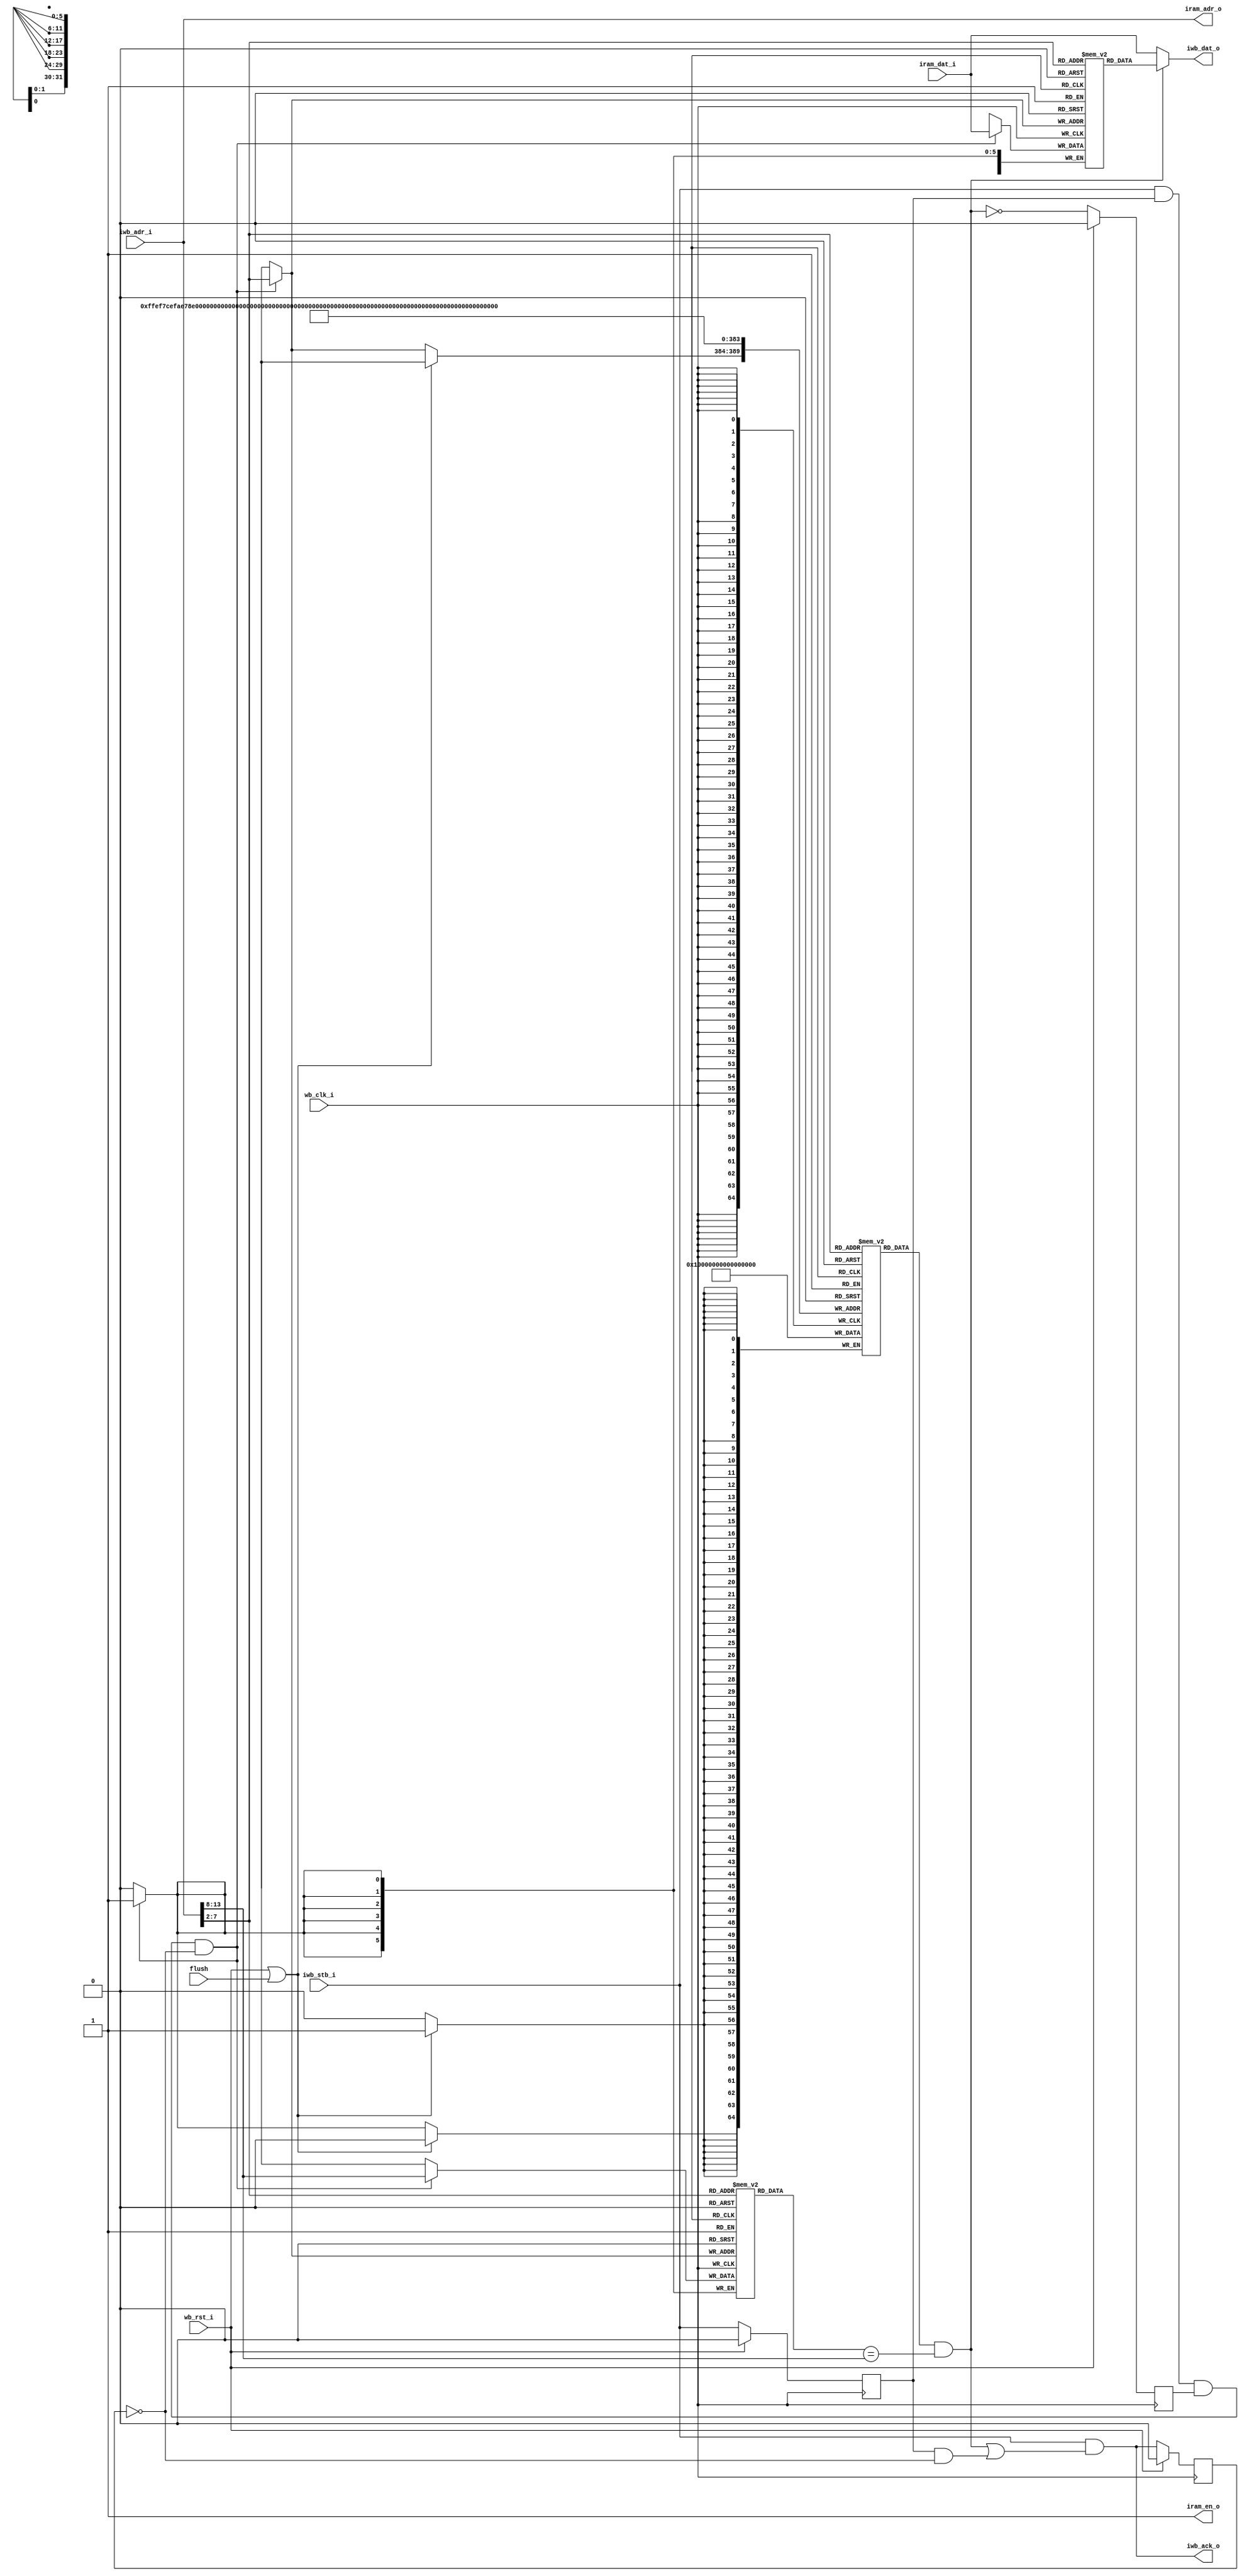
//
// Copyright 2011 Ettus Research LLC
//
// This program is free software: you can redistribute it and/or modify
// it under the terms of the GNU General Public License as published by
// the Free Software Foundation, either version 3 of the License, or
// (at your option) any later version.
//
// This program is distributed in the hope that it will be useful,
// but WITHOUT ANY WARRANTY; without even the implied warranty of
// MERCHANTABILITY or FITNESS FOR A PARTICULAR PURPOSE.  See the
// GNU General Public License for more details.
//
// You should have received a copy of the GNU General Public License
// along with this program.  If not, see <http://www.gnu.org/licenses/>.
//


module icache
  #(parameter AWIDTH=14,
    parameter CWIDTH=6)

    (input wb_clk_i,
     input wb_rst_i,
     input [AWIDTH-1:0] iwb_adr_i,
     input iwb_stb_i,
     output [31:0] iwb_dat_o,
     output iwb_ack_o,
     input [31:0] iram_dat_i,
     output [AWIDTH-1:0] iram_adr_o,
     output iram_en_o,
     input flush);

   localparam TAGWIDTH = AWIDTH-CWIDTH-2;
   reg 	      stb_d1, ack_d1, miss_d1;
   reg [AWIDTH-1:0] held_addr;
   reg [31:0] 	    idata [0:(1<<CWIDTH)-1];
   reg [TAGWIDTH-1:0] itags [0:(1<<CWIDTH)-1];
   reg 		      ivalid [0:(1<<CWIDTH)-1];
   
   wire [CWIDTH-1:0]  rd_line, wr_line;
   wire [TAGWIDTH-1:0] wr_tags;
   wire 	       store_in_cache;

   // /////////////////////////////////////
   // Write into cache
   integer 	      i;
   always @(posedge wb_clk_i)
     if(wb_rst_i | flush)
       for(i=0;i<(1<<CWIDTH);i=i+1)
	 ivalid[i] <= 0;
     else
       if(store_in_cache)
	 ivalid[wr_line] <= 1'b1;
   
   always @(posedge wb_clk_i)
     if(store_in_cache)
       begin
	  idata[wr_line] <= iram_dat_i;
	  itags[wr_line] <= wr_tags;
       end
   
   // //////////////////////////////////////
   // Read from Cache
   wire [TAGWIDTH-1:0] tag_out = itags[rd_line];
   wire 	       valid_out = ivalid[rd_line];
   wire [31:0] 	       data_out	= idata[rd_line];
   wire 	       cache_hit = valid_out & (tag_out == iwb_adr_i[AWIDTH-1:CWIDTH+2]);
   wire 	       cache_miss = ~cache_hit;

   // //////////////////////////////////////
   // Handle 1-cycle delay of Block-RAM
   always @(posedge wb_clk_i)
     if(wb_rst_i)
       stb_d1 <= 0;
     else
       stb_d1 <= iwb_stb_i;
   
   always @(posedge wb_clk_i)
     if(wb_rst_i)
       held_addr <= 0;
     else
       held_addr <= iwb_adr_i;
   
   always @(posedge wb_clk_i) 
     if(wb_rst_i)
       ack_d1 <= 1'b0;
     else 
       ack_d1 <= iwb_ack_o;

   always @(posedge wb_clk_i) 
     if(wb_rst_i)
       miss_d1 <= 0;
     else 
       miss_d1 <= cache_miss;

//`define IC_NOCACHE
//`define IC_BASIC
//`define IC_FORWARDING_DP
`define IC_FORWARDING_SP
//`define IC_PREFETCH

`ifdef IC_NOCACHE
   assign 	       iwb_dat_o = iram_dat_i;
   assign 	       iwb_ack_o = iwb_stb_i & (stb_d1 & ~ack_d1);
   assign 	       iram_adr_o = iwb_adr_i;
   assign 	       iram_en_o = 1'b1;
   assign 	       rd_line = 0;
   assign 	       wr_line = 0;
   assign 	       wr_tags = 0;
   assign 	       store_in_cache = 0;
`endif
   
`ifdef IC_BASIC    // Very basic, no forwarding, 2 wait states on miss
   assign 	       iwb_dat_o = data_out;
   assign 	       iwb_ack_o = iwb_stb_i & cache_hit;
   assign 	       iram_adr_o = iwb_adr_i;
   assign 	       iram_en_o = 1'b1;
   assign 	       rd_line = iwb_adr_i[CWIDTH+1:2];
   assign 	       wr_line = rd_line;
   assign 	       wr_tags = iwb_adr_i[AWIDTH-1:CWIDTH+2];
   assign 	       store_in_cache = stb_d1 & miss_d1;
`endif
   
`ifdef IC_FORWARDING_DP   // Simple forwarding, 1 wait state on miss, dual-port ram
   assign 	       iwb_dat_o = cache_hit ? data_out : iram_dat_i;
   assign 	       iwb_ack_o = iwb_stb_i & (cache_hit | (stb_d1 & ~ack_d1));
   assign 	       iram_adr_o = iwb_adr_i;
   assign 	       iram_en_o = 1'b1;
   assign 	       rd_line = iwb_adr_i[CWIDTH+1:2];
   assign 	       wr_line = held_addr[CWIDTH+1:2];
   assign 	       wr_tags = held_addr[AWIDTH-1:CWIDTH+2];	       
   assign 	       store_in_cache = iwb_stb_i & stb_d1 & miss_d1 & ~ack_d1;
`endif

`ifdef IC_FORWARDING_SP   // Simple forwarding, 1 wait state on miss, single-port ram
   assign 	       iwb_dat_o = cache_hit ? data_out : iram_dat_i;
   assign 	       iwb_ack_o = iwb_stb_i & (cache_hit | (stb_d1 & ~ack_d1));
   assign 	       iram_adr_o = iwb_adr_i;
   assign 	       iram_en_o = 1'b1;
   assign 	       rd_line = iwb_adr_i[CWIDTH+1:2];
   assign 	       wr_line = rd_line;
   assign 	       wr_tags = iwb_adr_i[AWIDTH-1:CWIDTH+2];
   assign 	       store_in_cache = iwb_stb_i & stb_d1 & miss_d1 & ~ack_d1;
`endif

`ifdef IC_PREFETCH   // Forwarding plus prefetch

`endif
   
   
endmodule // icache